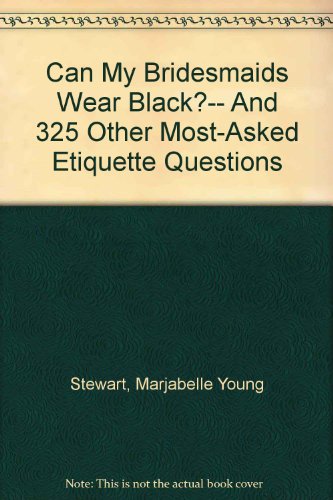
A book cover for Can My Bridesmaids Wear Black?-- And 325 Other Most-Asked Etiquette Questions; Marjabelle Young Stewart; Crafts, Hobbies & Home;